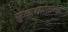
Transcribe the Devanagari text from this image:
सुळक्यासारखे